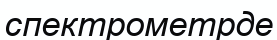
спектрометрде